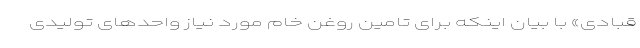
قبادی» با بیان اینکه برای تامین روغن خام مورد نیاز واحدهای تولیدی